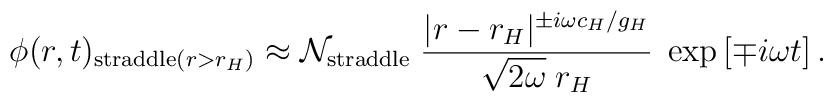
\phi(r,t)_{\mathrm{straddle}(r>r_H)} \approx {\cal N}_{\mathrm{straddle}}\;{{|r- r_H|^{\pm i\omega c_H/g_H}}\over\sqrt{2\omega}\;r_H} \; \exp\left[\mp i \omega t\right].